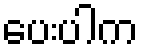
ပေးပါက